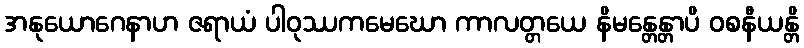
အနုယောဂေနာဟ ဇရာယံ ပါဝုဿကမေဃော ကာလတ္တယေ နိမန္တေန္တာပိ ဝစနီယန္တိ